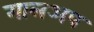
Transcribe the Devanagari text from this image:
गालअप